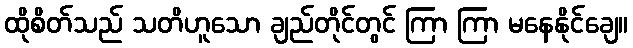
ထိုစိတ်သည် သတိဟူသော ချည်တိုင်တွင် ကြာ ကြာ မနေနိုင်ချေ။